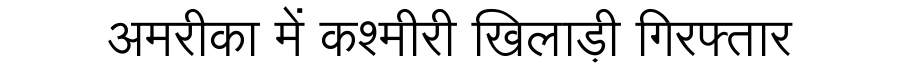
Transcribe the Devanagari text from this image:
अमरीका में कश्मीरी खिलाड़ी गिरफ्तार